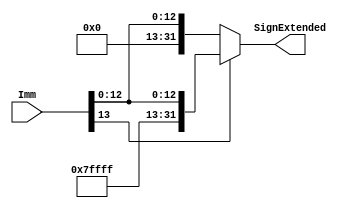
module Sign_Extend_14(Imm, SignExtended);

input [13:0] Imm;
output reg [31:0] SignExtended;


always @(*) begin
if (Imm[13] == 1'b1) // Check the sign bit
SignExtended = {18'b111111111111111111, Imm}; // Sign extend with 1's
else
SignExtended = {18'b000000000000000000, Imm}; // Sign extend with 0's
end

endmodule